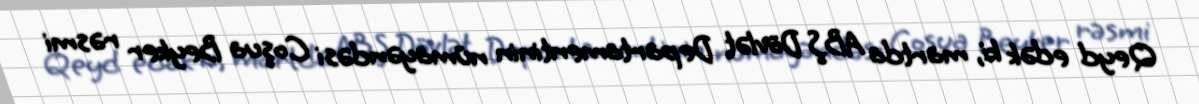
Qeyd edək ki, martda ABŞ Dövlət Departamentinin nümayəndəsi Coşua Beyker rəsmi